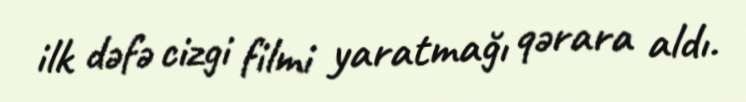
ilk dəfə cizgi filmi yaratmağı qərara aldı.